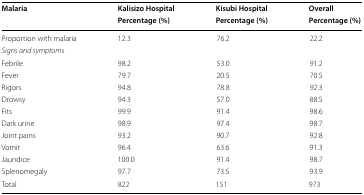
| <ROWSPAN=2> Malaria | Kalisizo Hospital | Kisubi Hospital | Overall |
 | Percentage (%) | Percentage (%) | Percentage (%) |
 | --- | --- | --- | --- |
 | Proportion with malaria | 12.3 | 76.2 | 22.2 |
 | <COLSPAN=4> Signs and symptoms |
 | Febrile | 98.2 | 53.0 | 91.2 |
 | Fever | 79.7 | 20.5 | 70.5 |
 | Rigors | 94.8 | 78.8 | 92.3 |
 | Drowsy | 94.3 | 57.0 | 88.5 |
 | Fits | 99.9 | 91.4 | 98.6 |
 | Dark urine | 98.9 | 97.4 | 98.7 |
 | Joint pains | 93.2 | 90.7 | 92.8 |
 | Vomit | 96.4 | 63.6 | 91.3 |
 | Jaundice | 100.0 | 91.4 | 98.7 |
 | Splenomegaly | 97.7 | 73.5 | 93.9 |
 | Total | 822 | 151 | 973 |